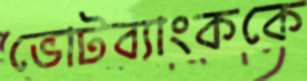
ভোটব্যাংককে